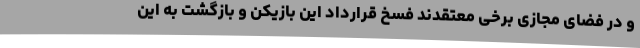
و در فضای مجازی برخی معتقدند فسخ قرارداد این بازیکن و بازگشت به این